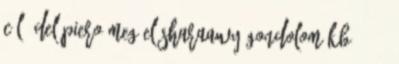
cél Del Piero meg El Sharaawy gondolom kb 15-16